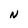
Character: N